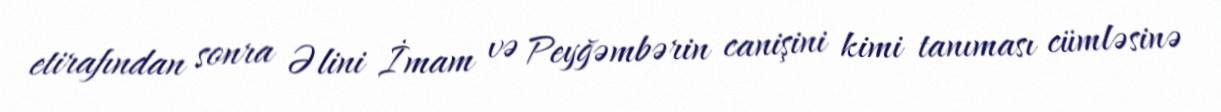
etirafından sonra Əlini İmam və Peyğəmbərin canişini kimi tanıması cümləsinə